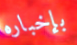
بإخباره